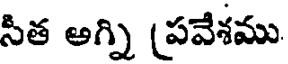
సీత అగ్ని (పవేశము